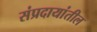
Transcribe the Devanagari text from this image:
संप्रदायांतील